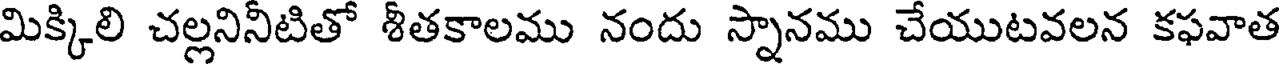
మిక్కిలి చల్లనినీటితో శీతకాలము నందు స్నానము చేయుటవలన కఫవాత